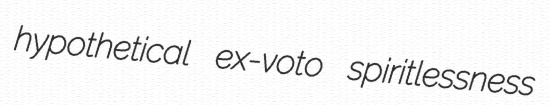
hypothetical ex-voto spiritlessness